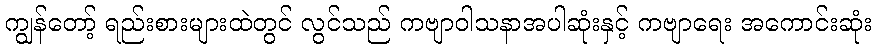
ကျွန်တော့် ရည်းစားများထဲတွင် လွင်သည် ကဗျာဝါသနာအပါဆုံးနှင့် ကဗျာရေး အကောင်းဆုံး